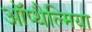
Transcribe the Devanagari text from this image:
ऑप्‍थैल्मिया